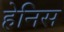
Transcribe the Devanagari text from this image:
हेनिस